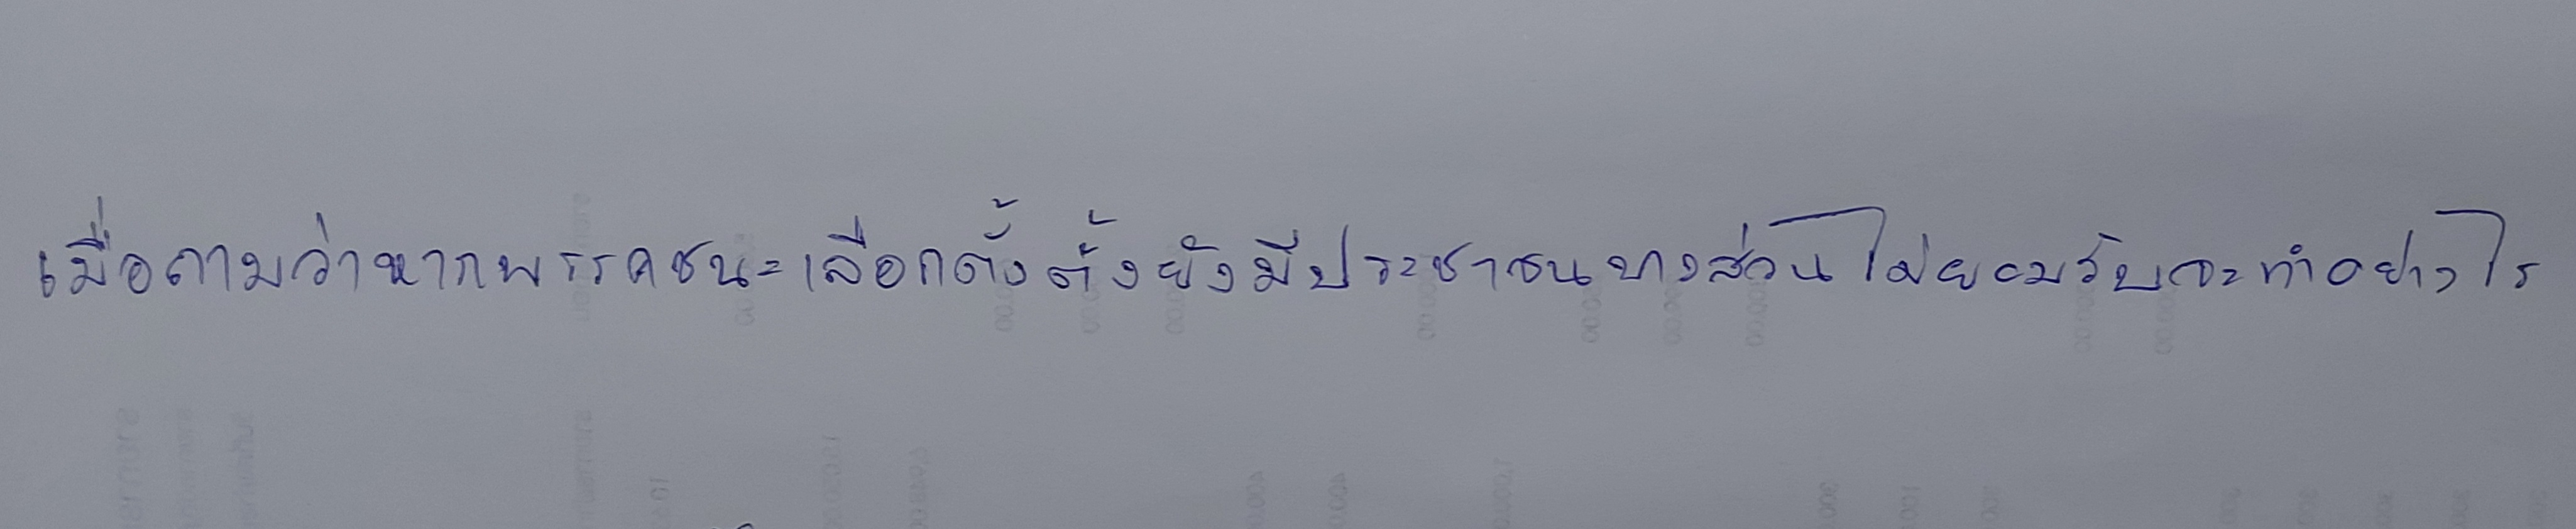
เมื่อถามว่าหากพรรคชนะเลือกตั้งตั้งยังมีประชาชนบางส่วนไม่ยอมรับจะทำอย่างไร